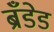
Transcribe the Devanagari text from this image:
ब्रँडेड